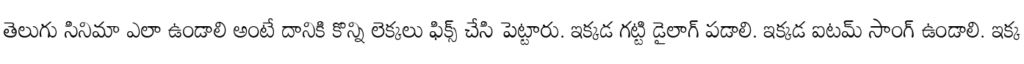
తెలుగు సినిమా ఎలా ఉండాలి అంటే దానికి కొన్ని లెక్కలు ఫిక్స్ చేసి పెట్టారు. ఇక్కడ గట్టి డైలాగ్ పడాలి. ఇక్కడ ఐటమ్ సాంగ్ ఉండాలి. ఇక్క